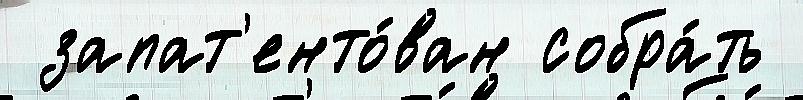
 запат'енто́ван собра́ть